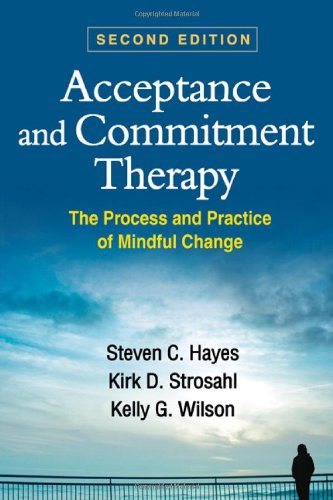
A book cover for Acceptance and Commitment Therapy, Second Edition: The Process and Practice of Mindful Change; Steven C. Hayes; Medical Books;